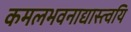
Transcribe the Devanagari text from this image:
कमलभवनाद्यास्त्वयि